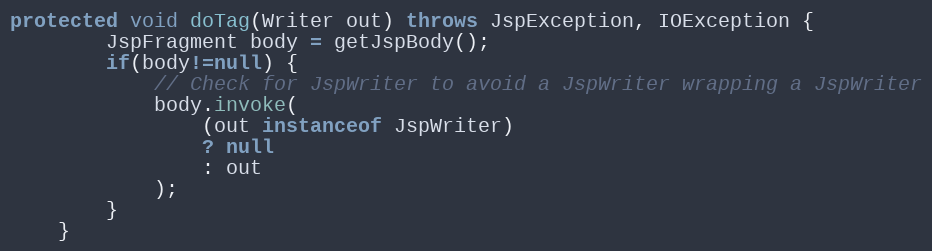
Language: Java
protected void doTag(Writer out) throws JspException, IOException {
		JspFragment body = getJspBody();
		if(body!=null) {
			// Check for JspWriter to avoid a JspWriter wrapping a JspWriter
			body.invoke(
				(out instanceof JspWriter)
				? null
				: out
			);
		}
	}